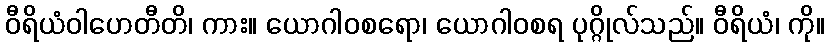
ဝီရိယံဝါဟေတီတိ၊ ကား။ ယောဂါဝစရော၊ ယောဂါဝစရ ပုဂ္ဂိုလ်သည်။ ဝီရိယံ၊ ကို။